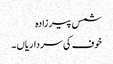
شمس پیر زادہ
خوف کی سرداریاں ۔